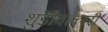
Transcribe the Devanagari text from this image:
शुंडीवल्लरी